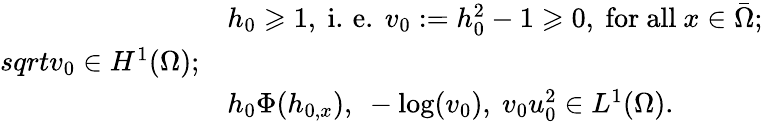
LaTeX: \begin{array}{rl}&{h_{0}\geqslant 1,\mathrm{~i.\, e.~}v_{0}:=h_{0}^{2}-1\geqslant 0,\mathrm{~for~all~}x\in\bar{\Omega};}\\ {sqrt{v_{0}}\in H^{1}(\Omega);}\\ &{h_{0}\Phi(h_{0,x}),\ -\log(v_{0}),\ v_{0}u_{0}^{2}\in L^{1}(\Omega).}\end{array}